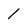
Character: 1